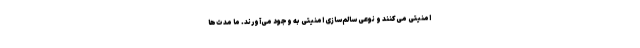
امنیتی می‌کنند و نوعی سالم‌سازی امنیتی به وجود می‌آورند. ما مدت‌ها